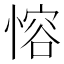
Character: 愹